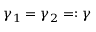
\gamma _ { 1 } = \gamma _ { 2 } = : \gamma